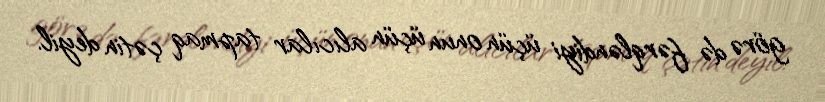
görə də fərqləndiyi üçün onun üçün alıcılar tapmaq çətin deyil.